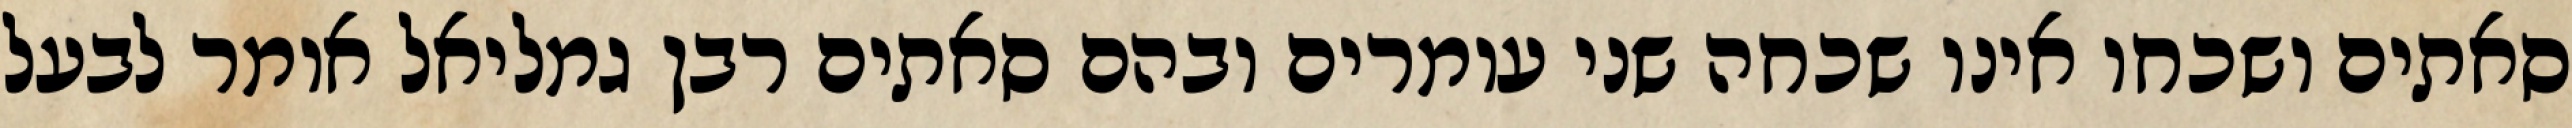
סאתים ושכחו אינו שכחה שני עומרים ובהם סאתים רבן גמליאל אומר לבעל